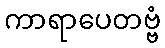
ကာရာပေတဗ္ဗံ